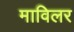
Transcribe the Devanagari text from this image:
माविलर